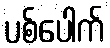
ပစ်ပေါက်